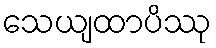
သေယျထာပိဿု